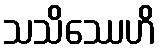
သသိဿေဟိ